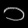
Digit: ၁